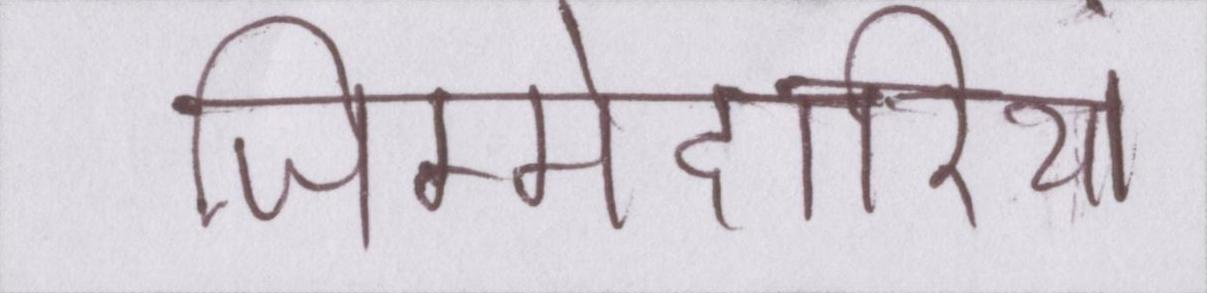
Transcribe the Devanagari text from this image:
जिम्मेदारियां